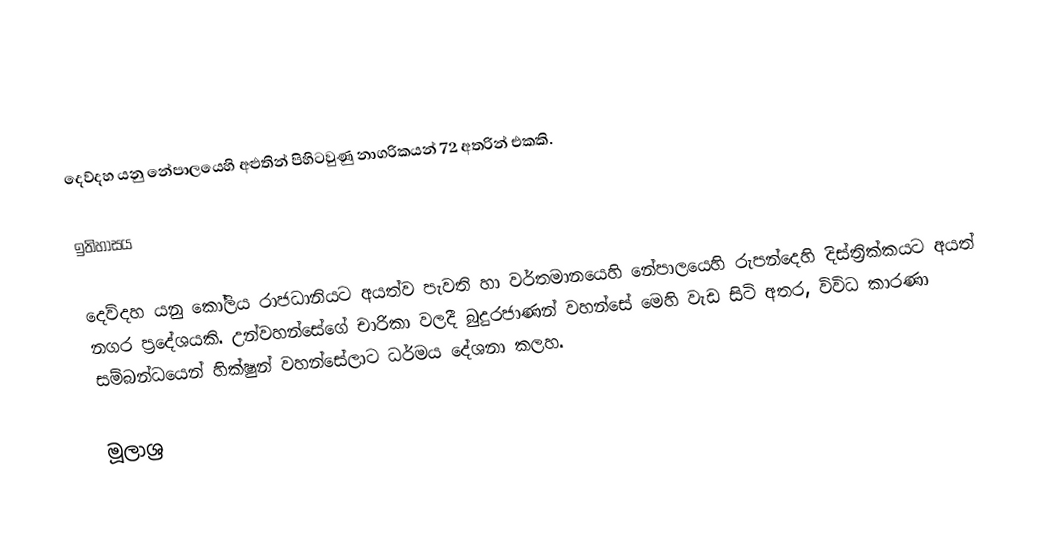
දෙව්දහ යනු නේපාලයෙහි අළුතින් පිහිටවුණු නාගරිකයන් 72 අතරින් එකකි.

ඉතිහාසය

දෙව්දහ යනු  කෝලිය රාජධානියට අයත්ව පැවති හා වර්තමානයෙහි  නේපාලයෙහි රුපන්දෙහි දිස්ත්‍රික්කයට අයත් නගර ප්‍රදේශයකි. උන්වහන්සේගේ චාරිකා වලදී  බුදුරජාණන් වහන්සේ මෙහි වැඩ සිටි අතර,  විවිධ කාරණා සම්බන්ධයෙන්  හික්ෂුන් වහන්සේලාට ධර්මය දේශනා කලහ.

මූලාශ්‍ර